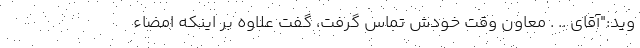
وید:"آقای .. . معاون وقت خودش تماس گرفت، گفت علاوه بر اینکه امضاء